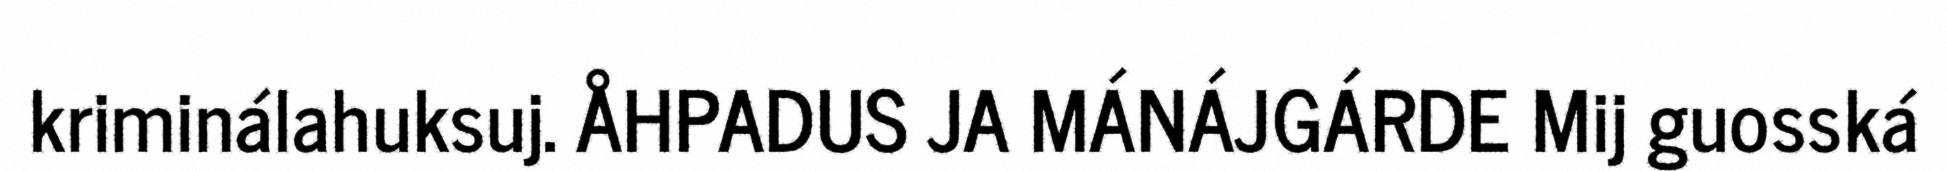
kriminálahuksuj. ÅHPADUS JA MÁNÁJGÁRDE Mij guosská